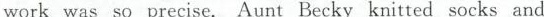
work was so precise. Aunt Becky knitted socks and